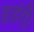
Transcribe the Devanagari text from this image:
इडंगै।